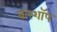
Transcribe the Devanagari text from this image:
बारशॉप